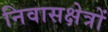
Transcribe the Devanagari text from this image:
निवासक्षेत्रों